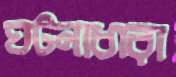
ঘটনাধারা